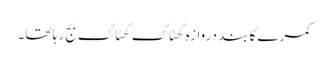
کمرے کا بند دروازہ کھٹاک کھٹاک بج رہا تھا۔